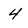
Character: 4